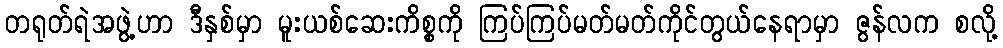
တရုတ်ရဲအဖွဲ့ဟာ ဒီနှစ်မှာ မူးယစ်ဆေးကိစ္စကို ကြပ်ကြပ်မတ်မတ်ကိုင်တွယ်နေရာမှာ ဇွန်လက စလို့